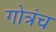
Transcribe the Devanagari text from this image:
गोत्रंच